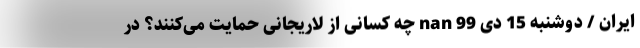
ایران / دوشنبه 15 دی 99 nan ‌چه کسانی از لاریجانی حمایت می‌کنند؟ در